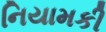
નિયામકી